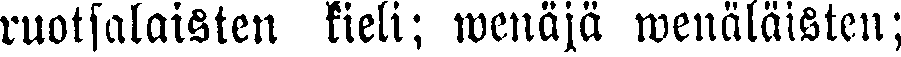
ruotsalaisten kieli; wenäjä wenäläisten;